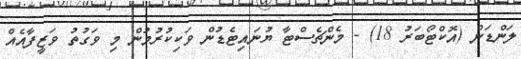
ލަންޑަން (އޮކްޓޯބަރު 18) - މެންޗެސްޓާ ޔުނައިޓެޑުން ވަކިކުރުމުން މި ވަގުތު ވަޒީފާއެއް